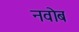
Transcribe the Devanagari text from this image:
नवोब